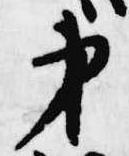
第